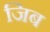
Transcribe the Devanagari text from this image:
जिब